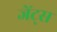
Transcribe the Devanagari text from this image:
जेंट्स